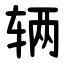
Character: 辆